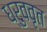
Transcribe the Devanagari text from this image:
ध्रुववृत